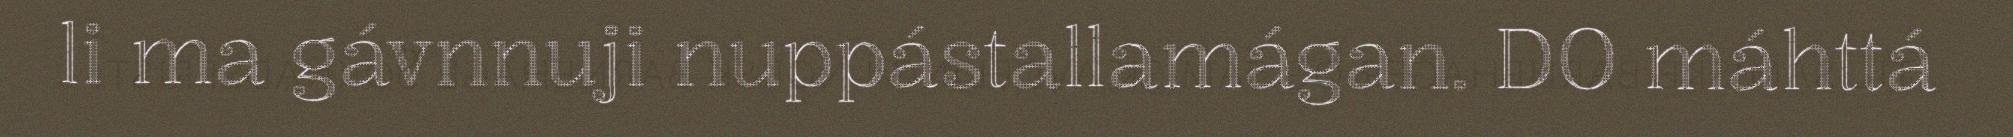
li ma gávnnuji nuppástallamágan. DO máhttá